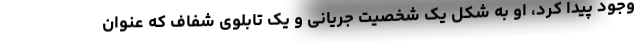
وجود پیدا کرد، او به شکل یک شخصیت جریانی و یک تابلوی شفاف که عنوان